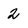
Character: 2